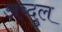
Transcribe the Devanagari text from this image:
अब्दु्ल